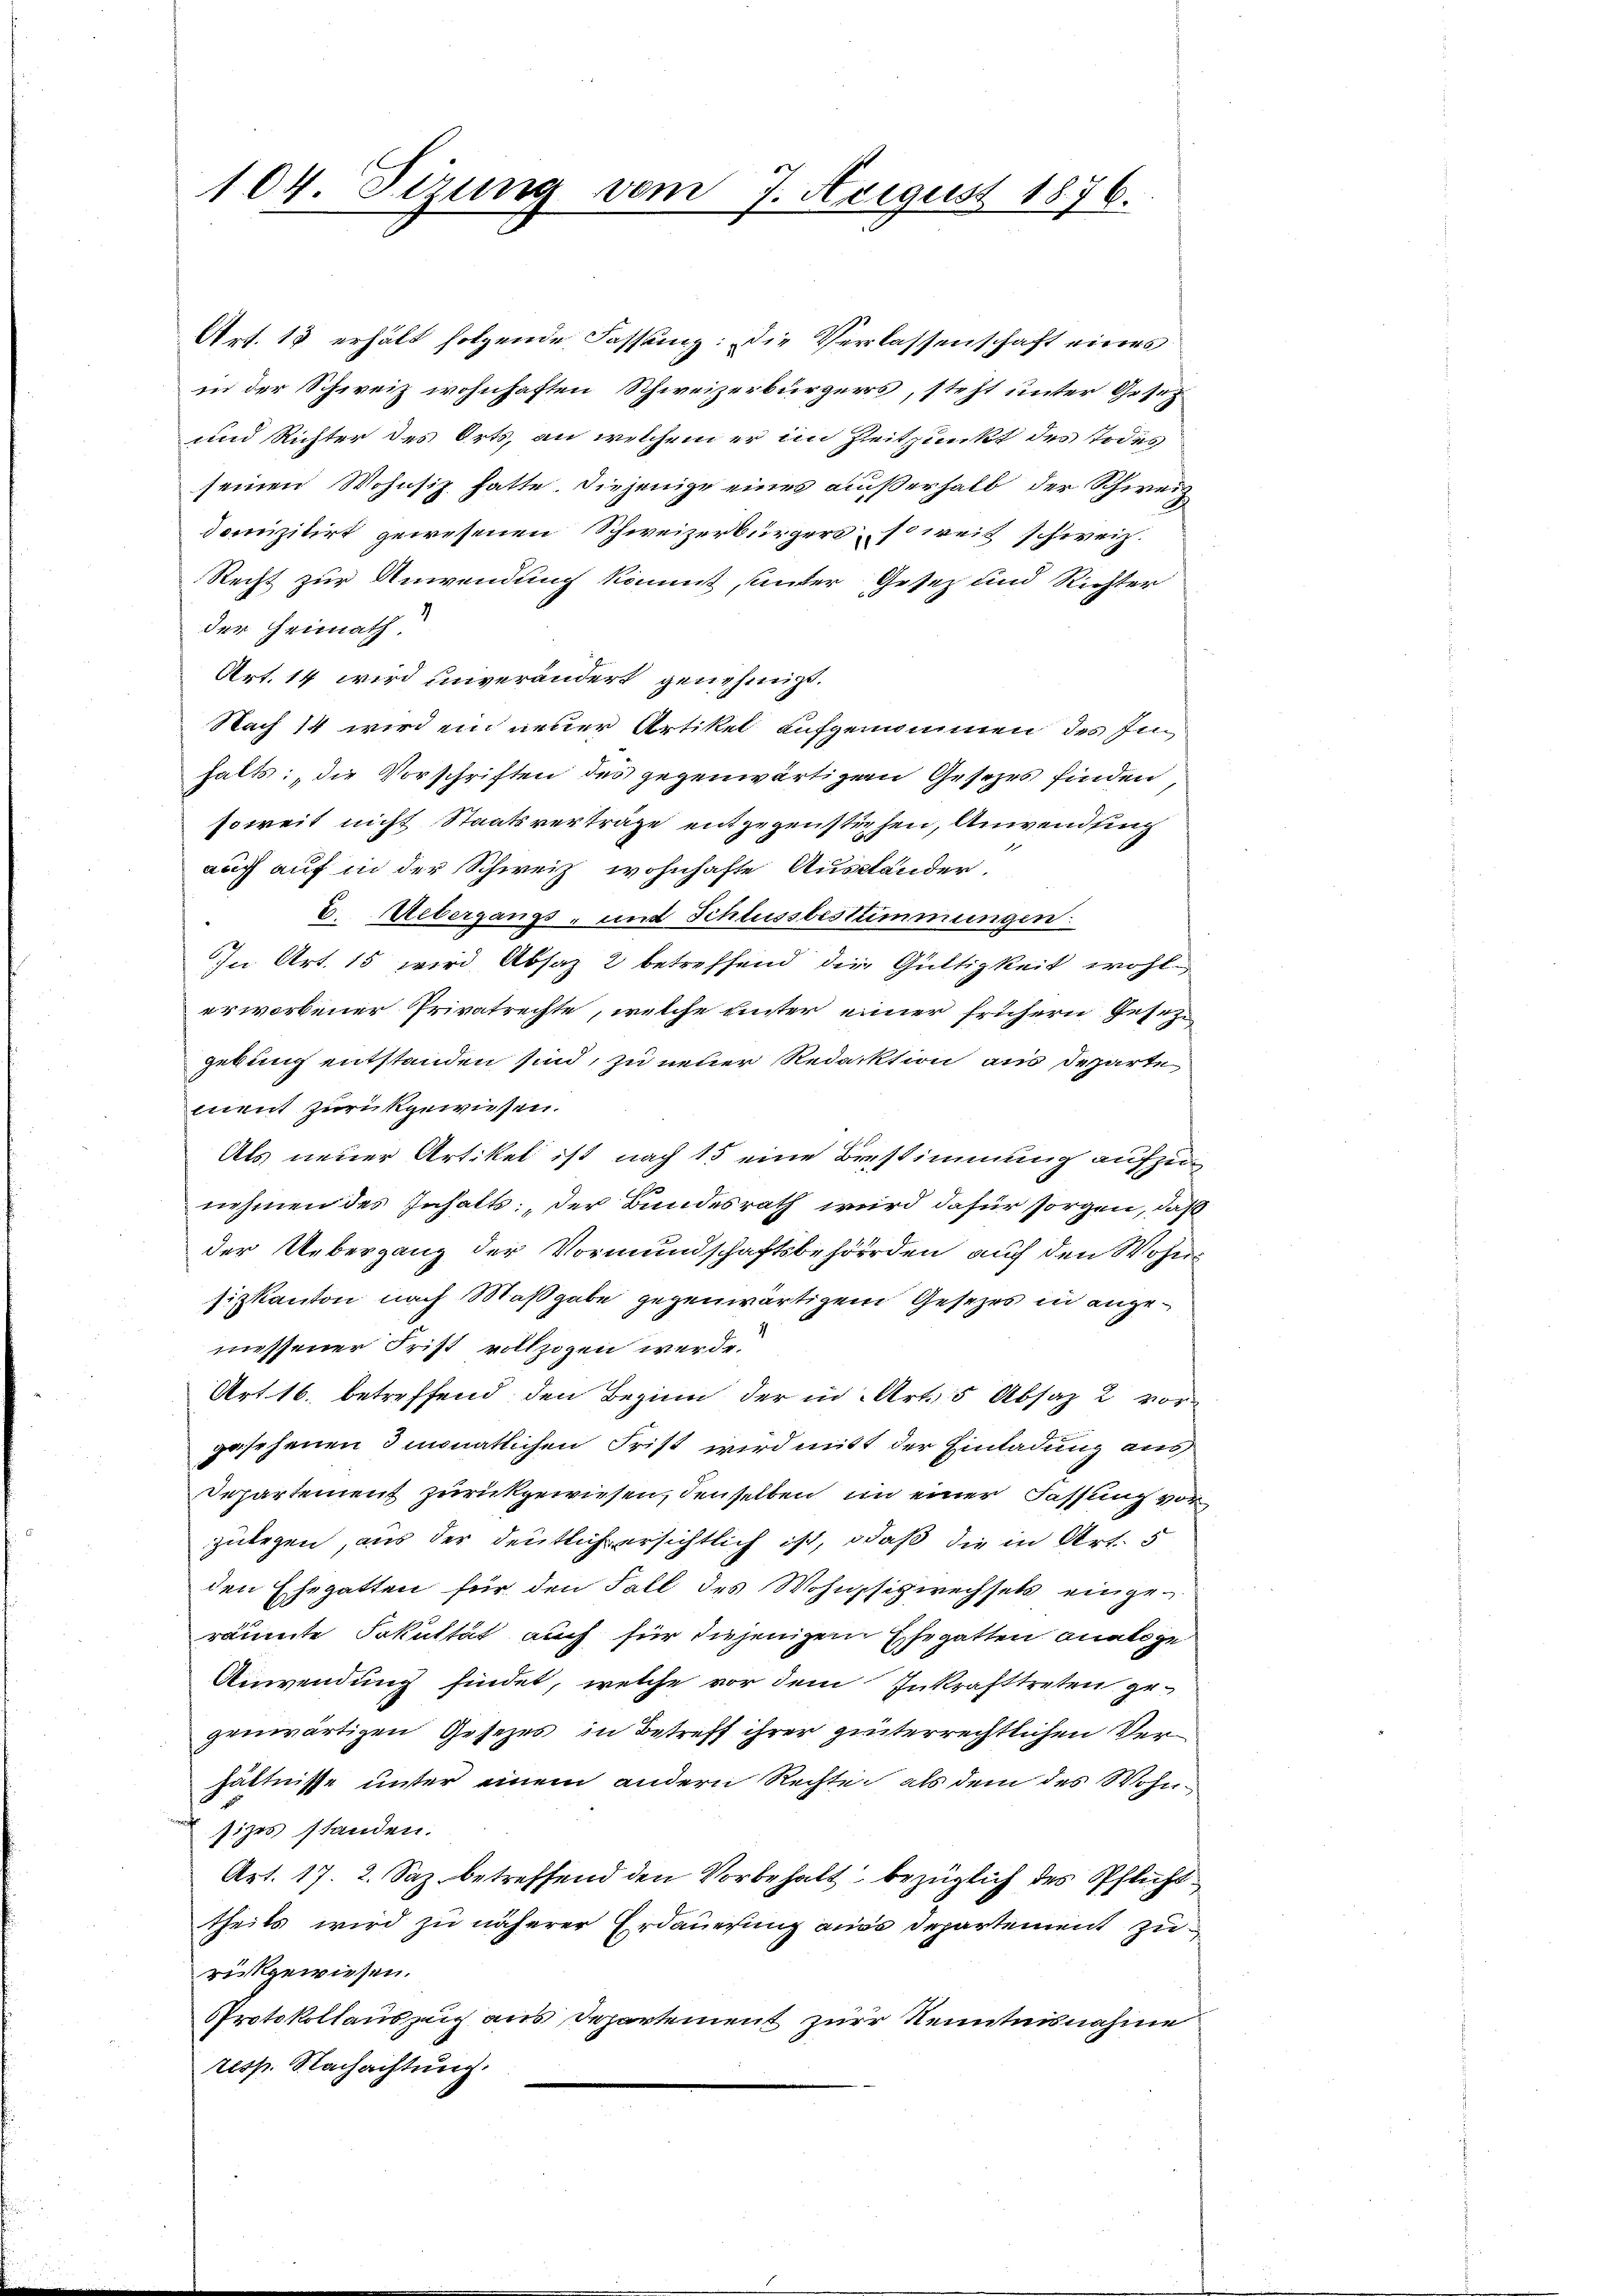
104. Sizung vom 7. August 1876.

Art. 13 erhält folgende Fassung: Die Verlassenschaft eines
in der Schweiz wohnhaften Schweizerbürgers, steht unter Gesez
und Richter des Orts, an welchem er im Zeitpunkt des Todes
seinen Wohnsiz hatte. Diejenige eines außerhalb der Schweiz
domizilirt gewesenen Schweizerbürgers, soweit schweiz.
Recht zur Anwendung kommt, unter Gesez und Richter
der Heimath.
Art. 14 wird unverändert genehmigt.
Nach 14 wird ein neuer Artikel aufgenommen des Inhalts, die Vorschriften des gegenwärtige Gesezes finden,
soweit nicht Staatsverträge entgegenstehen, Anwendig
auff auf in der Schweiz wohnhafte Ausständer,
E. Uebergangs- und Schlussbestimmungen
In Art. 15 wird Absaz 2 betreffend die Gültigkeit wohl
erworbener Privatrechte, welche unter einer frühern Gesetz-
gebung entstanden sind, zu neuer Redaktion aus Departe
ment zurückgewiesen.
Als neuer Artikel ist nach 15 eine Bestimmung aufzunehmen des Inhalts: „Der Bundesrath wird dafür sorgen, daß
der Uebergang der Vormundschaftsbehörden, auch den Wohnsizkanton nach Maßgabe gegenwärtigem Gesetzes in angemessener Frist vollzogen werde.
Art. 16. betreffend den Bezinn der in Art. 5 Absaz 2 vorgesehenen 3 monatlichen Frist wird mitt der Einladung aus
Departement zurückgewiesen, denselben im einer Fassung vor
zulegen, aus der deutlich ersichtlich ist, daß die in Art. 5
den Ehegatten für den Fall des Wohnsizwechsels eingeräumte Fakultät auch für diejenigen Ehegatten analoge
Anwendung findet, welche vor dem Inkrafttreten gegenwärtigen Gesezes in Betreff ihrer hinterrechtlichen Verhältnisse unter einem andern Rechte als dem des Wohnsizes standen.
Art. 17. 2. Saz betreffend den Vorbehalt bezüglich des Pflicht
theils wird zu näherer Erdauerung aus Departement zu
rückgewiesen.
Protokollauszug aus Departement zur Kenntnisnahme
resp. Nachachtung.